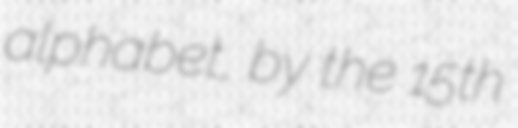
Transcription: alphabet, by the 15th